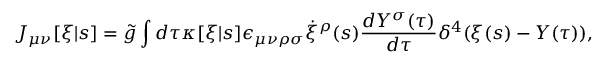
J _ { \mu \nu } [ \xi | s ] = \tilde { g } \int d \tau \kappa [ \xi | s ] \epsilon _ { \mu \nu \rho \sigma } \dot { \xi } ^ { \rho } ( s ) \frac { d Y ^ { \sigma } ( \tau ) } { d \tau } \delta ^ { 4 } ( \xi ( s ) - Y ( \tau ) ) ,